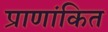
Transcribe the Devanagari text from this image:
प्राणांकित